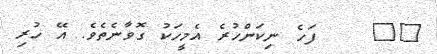
١١    ފަހެ ނިކަންހުރެ އެމީހަކު ގޮވާނެތެވެ. އޭ ހުރި